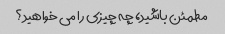
مطمئن باشید، چه چیزی را می خواهید؟